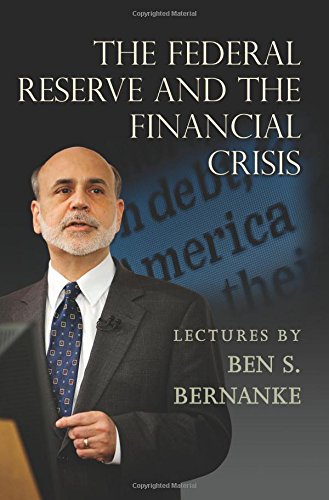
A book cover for The Federal Reserve and the Financial Crisis; Ben S. Bernanke; Business & Money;